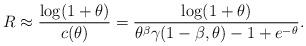
LaTeX: \begin{align*}R\approx \frac{\log(1+\theta)}{c(\theta)}=\frac{\log(1+\theta)}{\theta^\beta\gamma(1-\beta,\theta)-1+e^{-\theta}}.\end{align*}